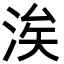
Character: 涘